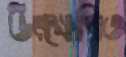
উৎক্ষেপিত